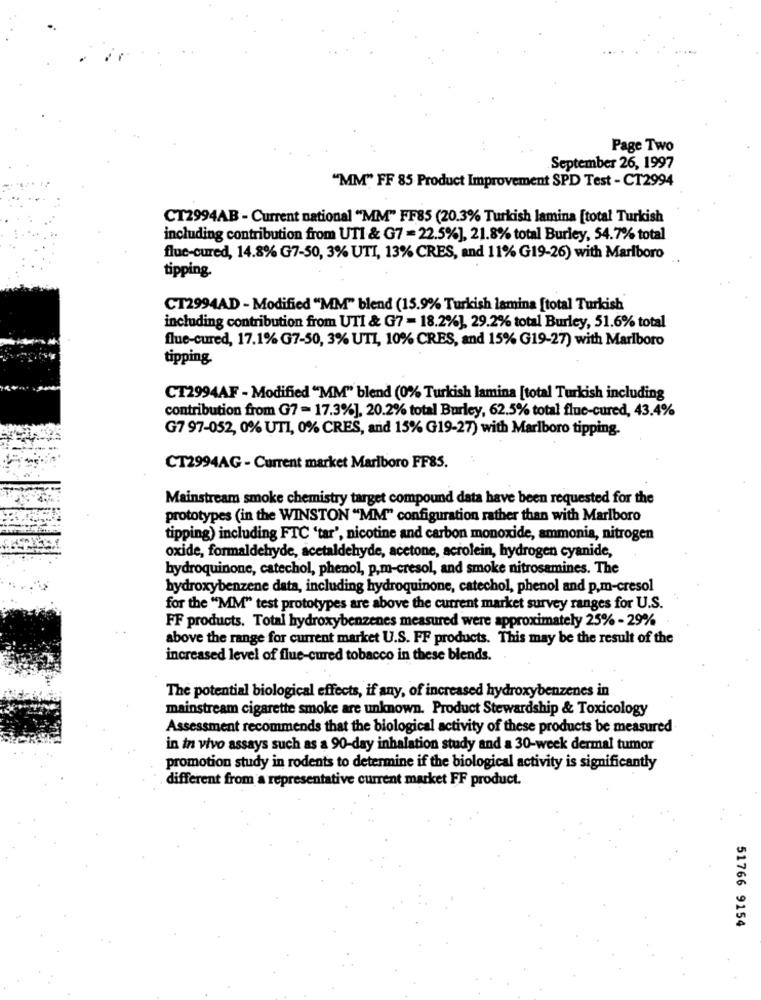
Page Two
September 26, 1997
"MM" FF 85 Product Improvement SPD Test - CT2994
CT2994AB - Current national "MM" FF85 (20.3% Turkish lamina [total Turkish
including contribution from UTI & G7 = 22.5%], 21.8% total Burley, 54.7% total
flue-cured, 14.8% G7-50, 3% UTI, 13% CRES, and 11% G19-26) with Marlboro
tipping.
CT2994AD - Modified "MM" blend (15.9% Turkish lamina [total Turkish
including contribution from UTI & G7 = 18.2%], 29.2% total Burley, 51.6% total
flue-cured, 17.1% G7-50, 3% UTI, 10% CRES, and 15% G19-27) with Marlboro
tipping.
CT2994AF - Modified "MM" blend (0% Turkish lamina [total Turkish including
contribution from G7= 17.3%], 20.2% total Burley, 62.5% total fluc-cured, 43.4%
G7 97-052, 0% UT1, 0% CRES, and 15% G19-27) with Marlboro tipping.
CT2994AG - Current market Marlboro FF85.
Mainstream smoke chemistry target compound data have been requested for the
prototypes (in the WINSTON "MM" configuration rather than with Marlboro
tipping) including FTC 'tar', nicotine and carbon monoxide, ammonia, nitrogen
oxide, formaldehyde, acetaldehyde, acetone, acrolein, hydrogen cyanide,
hydroquinone, catechol, phenol, p.m-cresol, and smoke nitrosamines. The
hydroxybenzene data, including hydroquinone, catechol, phenol and p.m-cresol
for the "MM" test prototypes are above the current market survey ranges for U.S.
FF products. Total hydroxybenzenes measured were approximately 25% - 29% .
above the range for current market U.S. FF products. This may be the result of the
increased level of flue-cured tobacco in these blends.
The potential biological effects, if any, of increased hydroxybenzenes in
mainstream cigarette smoke are unknown. Product Stewardship & Toxicology
Assessment recommends that the biological activity of these products be measured
in in vivo assays such as a 90-day inhalation study and a 30-week dermal tumor
promotion study in rodents to determine if the biological activity is significantly
different from a representative current market FF product.
51766 9154